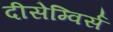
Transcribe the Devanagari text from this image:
दीसेम्विर्स